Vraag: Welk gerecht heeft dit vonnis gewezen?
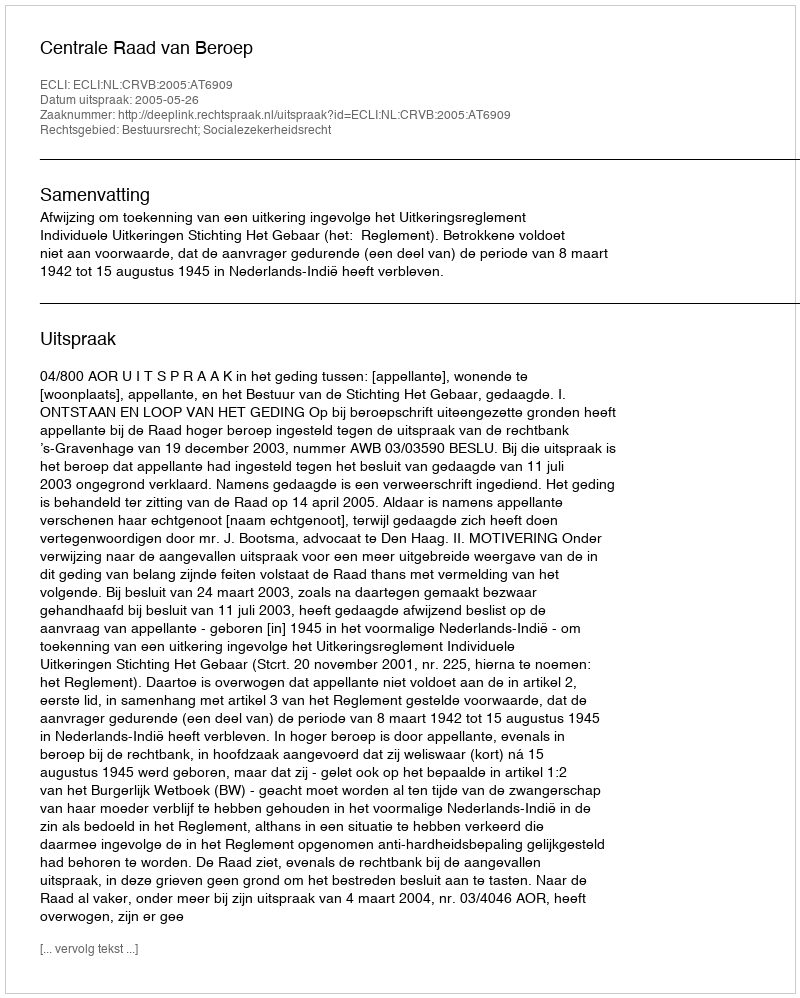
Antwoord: Centrale Raad van Beroep